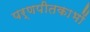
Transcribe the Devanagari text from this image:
पर्णपीतकाभों